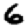
Digit: 6